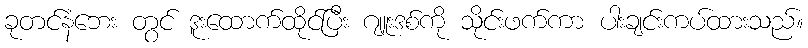
ခုတင်နံဘေး တွင် ဒူးထောက်ထိုင်ပြီး ဂျူးဒစ်ကို သိုင်းဖက်ကာ ပါးချင်းကပ်ထားသည်။